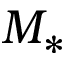
M _ { * }